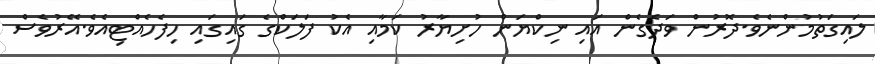
ލައިގަތުމުންނެވެ.ދޮރުން ވަދެގެން އައި ނިކްޔަން ހުށިޔާރު ކަމާއި އެކު ފަލަކްގެ ގައިގައި ހިފެހެއްޓިއެވެ.އޭރުވެސް